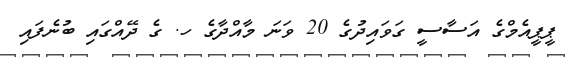
ޕީޕީއެމްގެ އަސާސީ ގަވައިދުގެ 20 ވަނަ މާއްދާގެ ހ. ގެ ދޭއްގައި ބުނެފައި